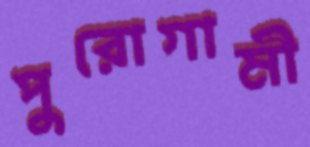
পুরোগামী